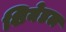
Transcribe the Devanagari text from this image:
शियेडल